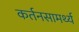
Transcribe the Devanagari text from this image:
कर्तनसामर्थ्य